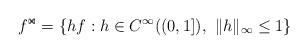
LaTeX: \begin{align*} f^{\Join}=\{hf:h\in C^\infty((0,1]),\,\,\|h\|_{\infty}\le 1\}\end{align*}